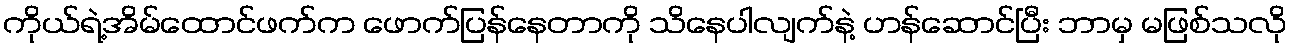
ကိုယ်ရဲ့အိမ်ထောင်ဖက်က ဖောက်ပြန်နေတာကို သိနေပါလျက်နဲ့ ဟန်ဆောင်ပြီး ဘာမှ မဖြစ်သလို